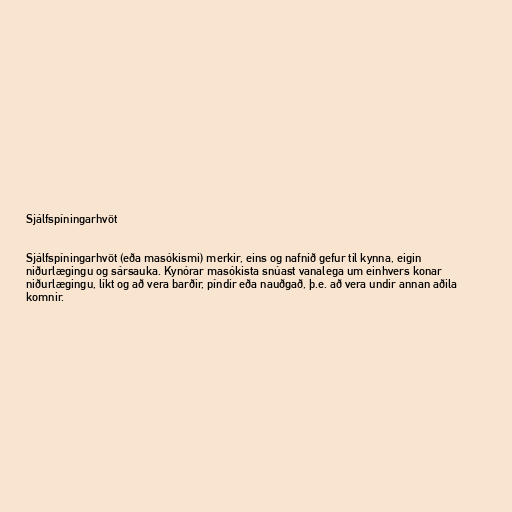
Sjálfspíningarhvöt

Sjálfspíningarhvöt (eða masókismi) merkir, eins og nafnið gefur til kynna, eigin
niðurlægingu og sársauka. Kynórar masókista snúast vanalega um einhvers konar
niðurlægingu, líkt og að vera barðir, píndir eða nauðgað, þ.e. að vera undir annan aðila
komnir.